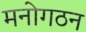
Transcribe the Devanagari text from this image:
मनोगठन